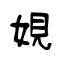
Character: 娊